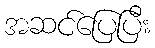
အဆင်ပြေပြီး